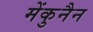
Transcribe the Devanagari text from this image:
मेंकुनैन